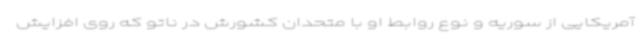
آمریکایی از سوریه و نوع روابط او با متحدان کشورش در ناتو که روی افزایش